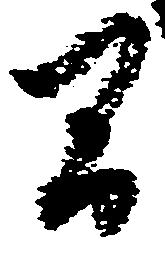
間